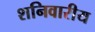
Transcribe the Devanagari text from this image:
शनिवारीय